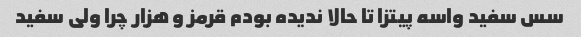
سس سفید واسه پیتزا تا حالا ندیده بودم قرمز و هزار چرا ولی سفید